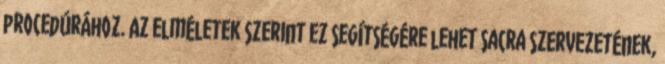
procedúrához. Az elméletek szerint ez segítségére lehet Sacra szervezetének,